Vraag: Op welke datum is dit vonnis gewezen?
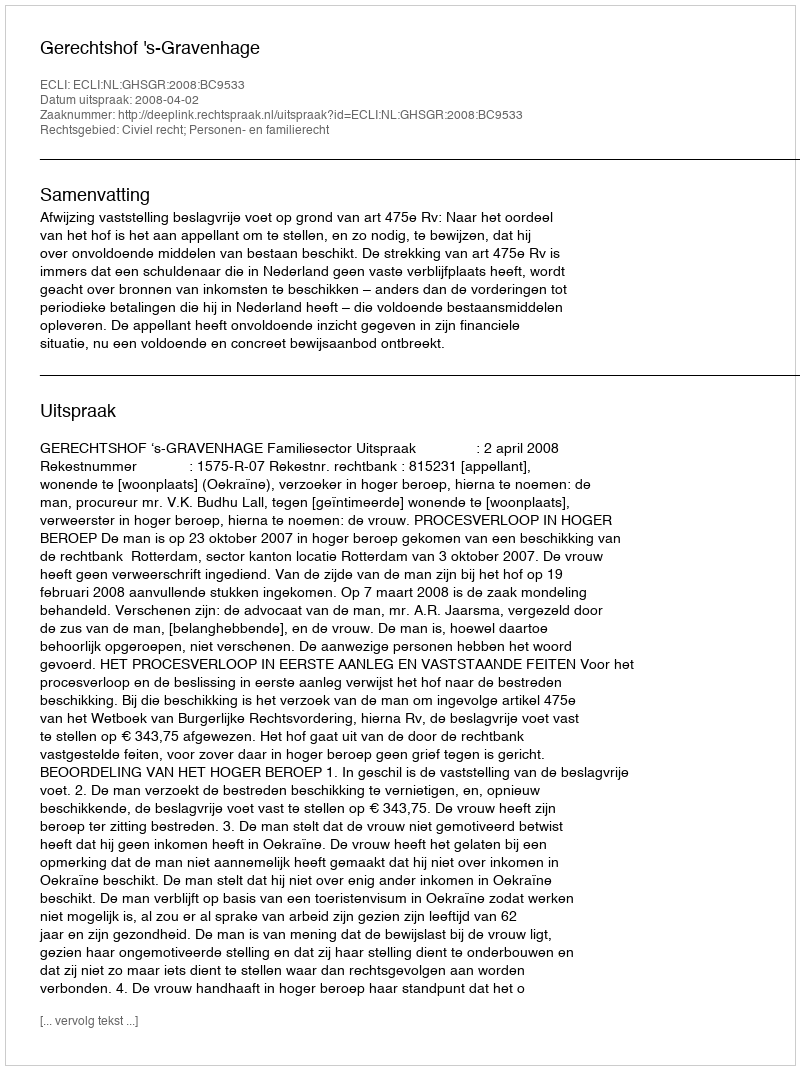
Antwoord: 2008-04-02